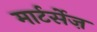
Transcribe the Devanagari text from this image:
मार्टर्सेज़